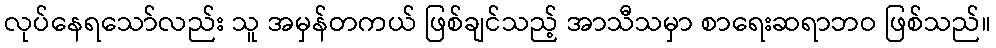
လုပ်နေရသော်လည်း သူ အမှန်တကယ် ဖြစ်ချင်သည့် အာသီသမှာ စာရေးဆရာဘဝ ဖြစ်သည်။